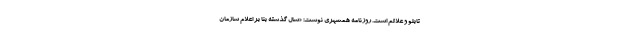
تابلو و علائم است. روزنامه همشهری نوشت: «سال گذشته بنا بر اعلام سازمان